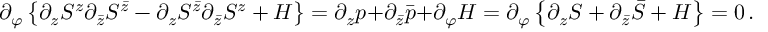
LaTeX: \partial _ { \varphi } \left\{ \partial _ { z } S ^ { z } \partial _ { \bar { z } } S ^ { \bar { z } } - \partial _ { z } S ^ { \bar { z } } \partial _ { \bar { z } } S ^ { z } + { \cal { H } } \right\} = \partial _ { z } p + \partial _ { \bar { z } } \bar { p } + \partial _ { \varphi } { \cal H } = \partial _ { \varphi } \left\{ \partial _ { z } S + \partial _ { \bar { z } } \bar { S } + { \cal H } \right\} = 0 \, .